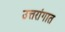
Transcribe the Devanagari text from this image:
उत्तरांगात